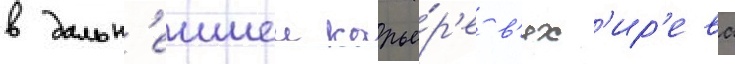
в дальн'еишеи карье́р'е в'ях'ир'ева